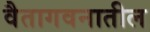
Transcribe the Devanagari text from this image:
वैतागवनातील